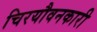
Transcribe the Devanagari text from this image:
चिरयौवनकारी